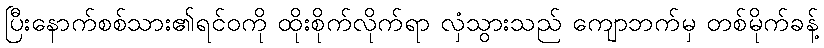
ပြီးနောက်စစ်သား၏ရင်ဝကို ထိုးစိုက်လိုက်ရာ လှံသွားသည် ကျောဘက်မှ တစ်မိုက်ခန့်